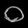
Digit: ၀